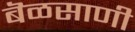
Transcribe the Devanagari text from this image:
बॆळसाणी